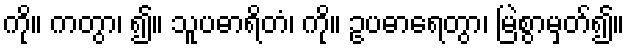
ကို။ ကတွာ၊ ၍။ သူပဓာရိတံ၊ ကို။ ဥပဓာရေတွာ၊ မြဲစွာမှတ်၍။